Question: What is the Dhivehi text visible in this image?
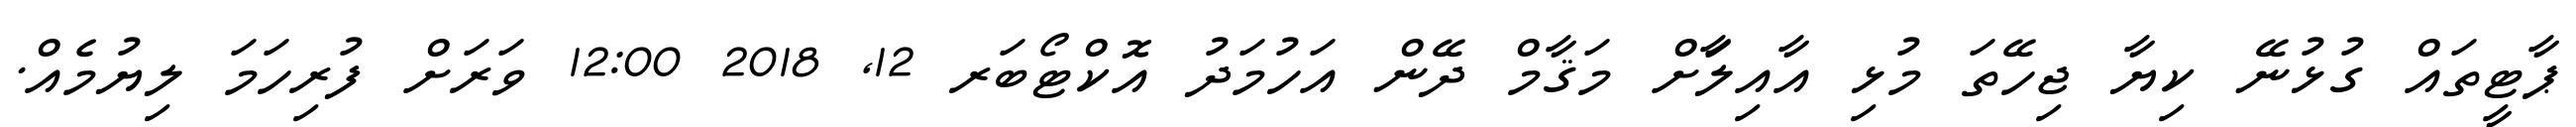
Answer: ޕާޓީތައް ގުޅުނޭ ކިޔާ ޖިހޭތަ މުޅި އާއިލާަށް މަޤާމް ދޭން އަހުމަދު އޮކްޓޯބަރ 12, 2018 12:00 ވަރަށް ފުރިހަމަ ލިޔުމެއް.